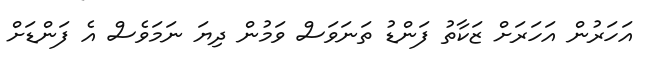
އަހަރުން އަހަރަށް ޒަކާތު ފަންޑު ތަނަވަސް ވަމުން ދިޔަ ނަމަވެސް އެ ފަންޑަށް